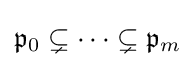
{\mathfrak {p}}_{0}\subsetneq \cdots \subsetneq {\mathfrak {p}}_{m}